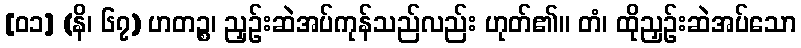
[၀၁] (နိ၊ ၆၇) ဟတဉ္စ၊ ညှဉ်းဆဲအပ်ကုန်သည်လည်း ဟုတ်၏။ တံ၊ ထိုညှဉ်းဆဲအပ်သော